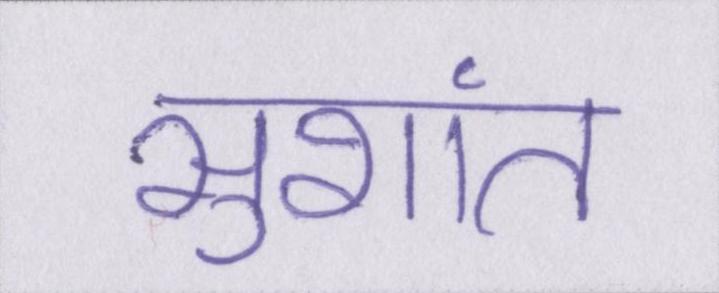
सुशांत